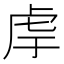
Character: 䖉